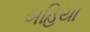
બહિયા